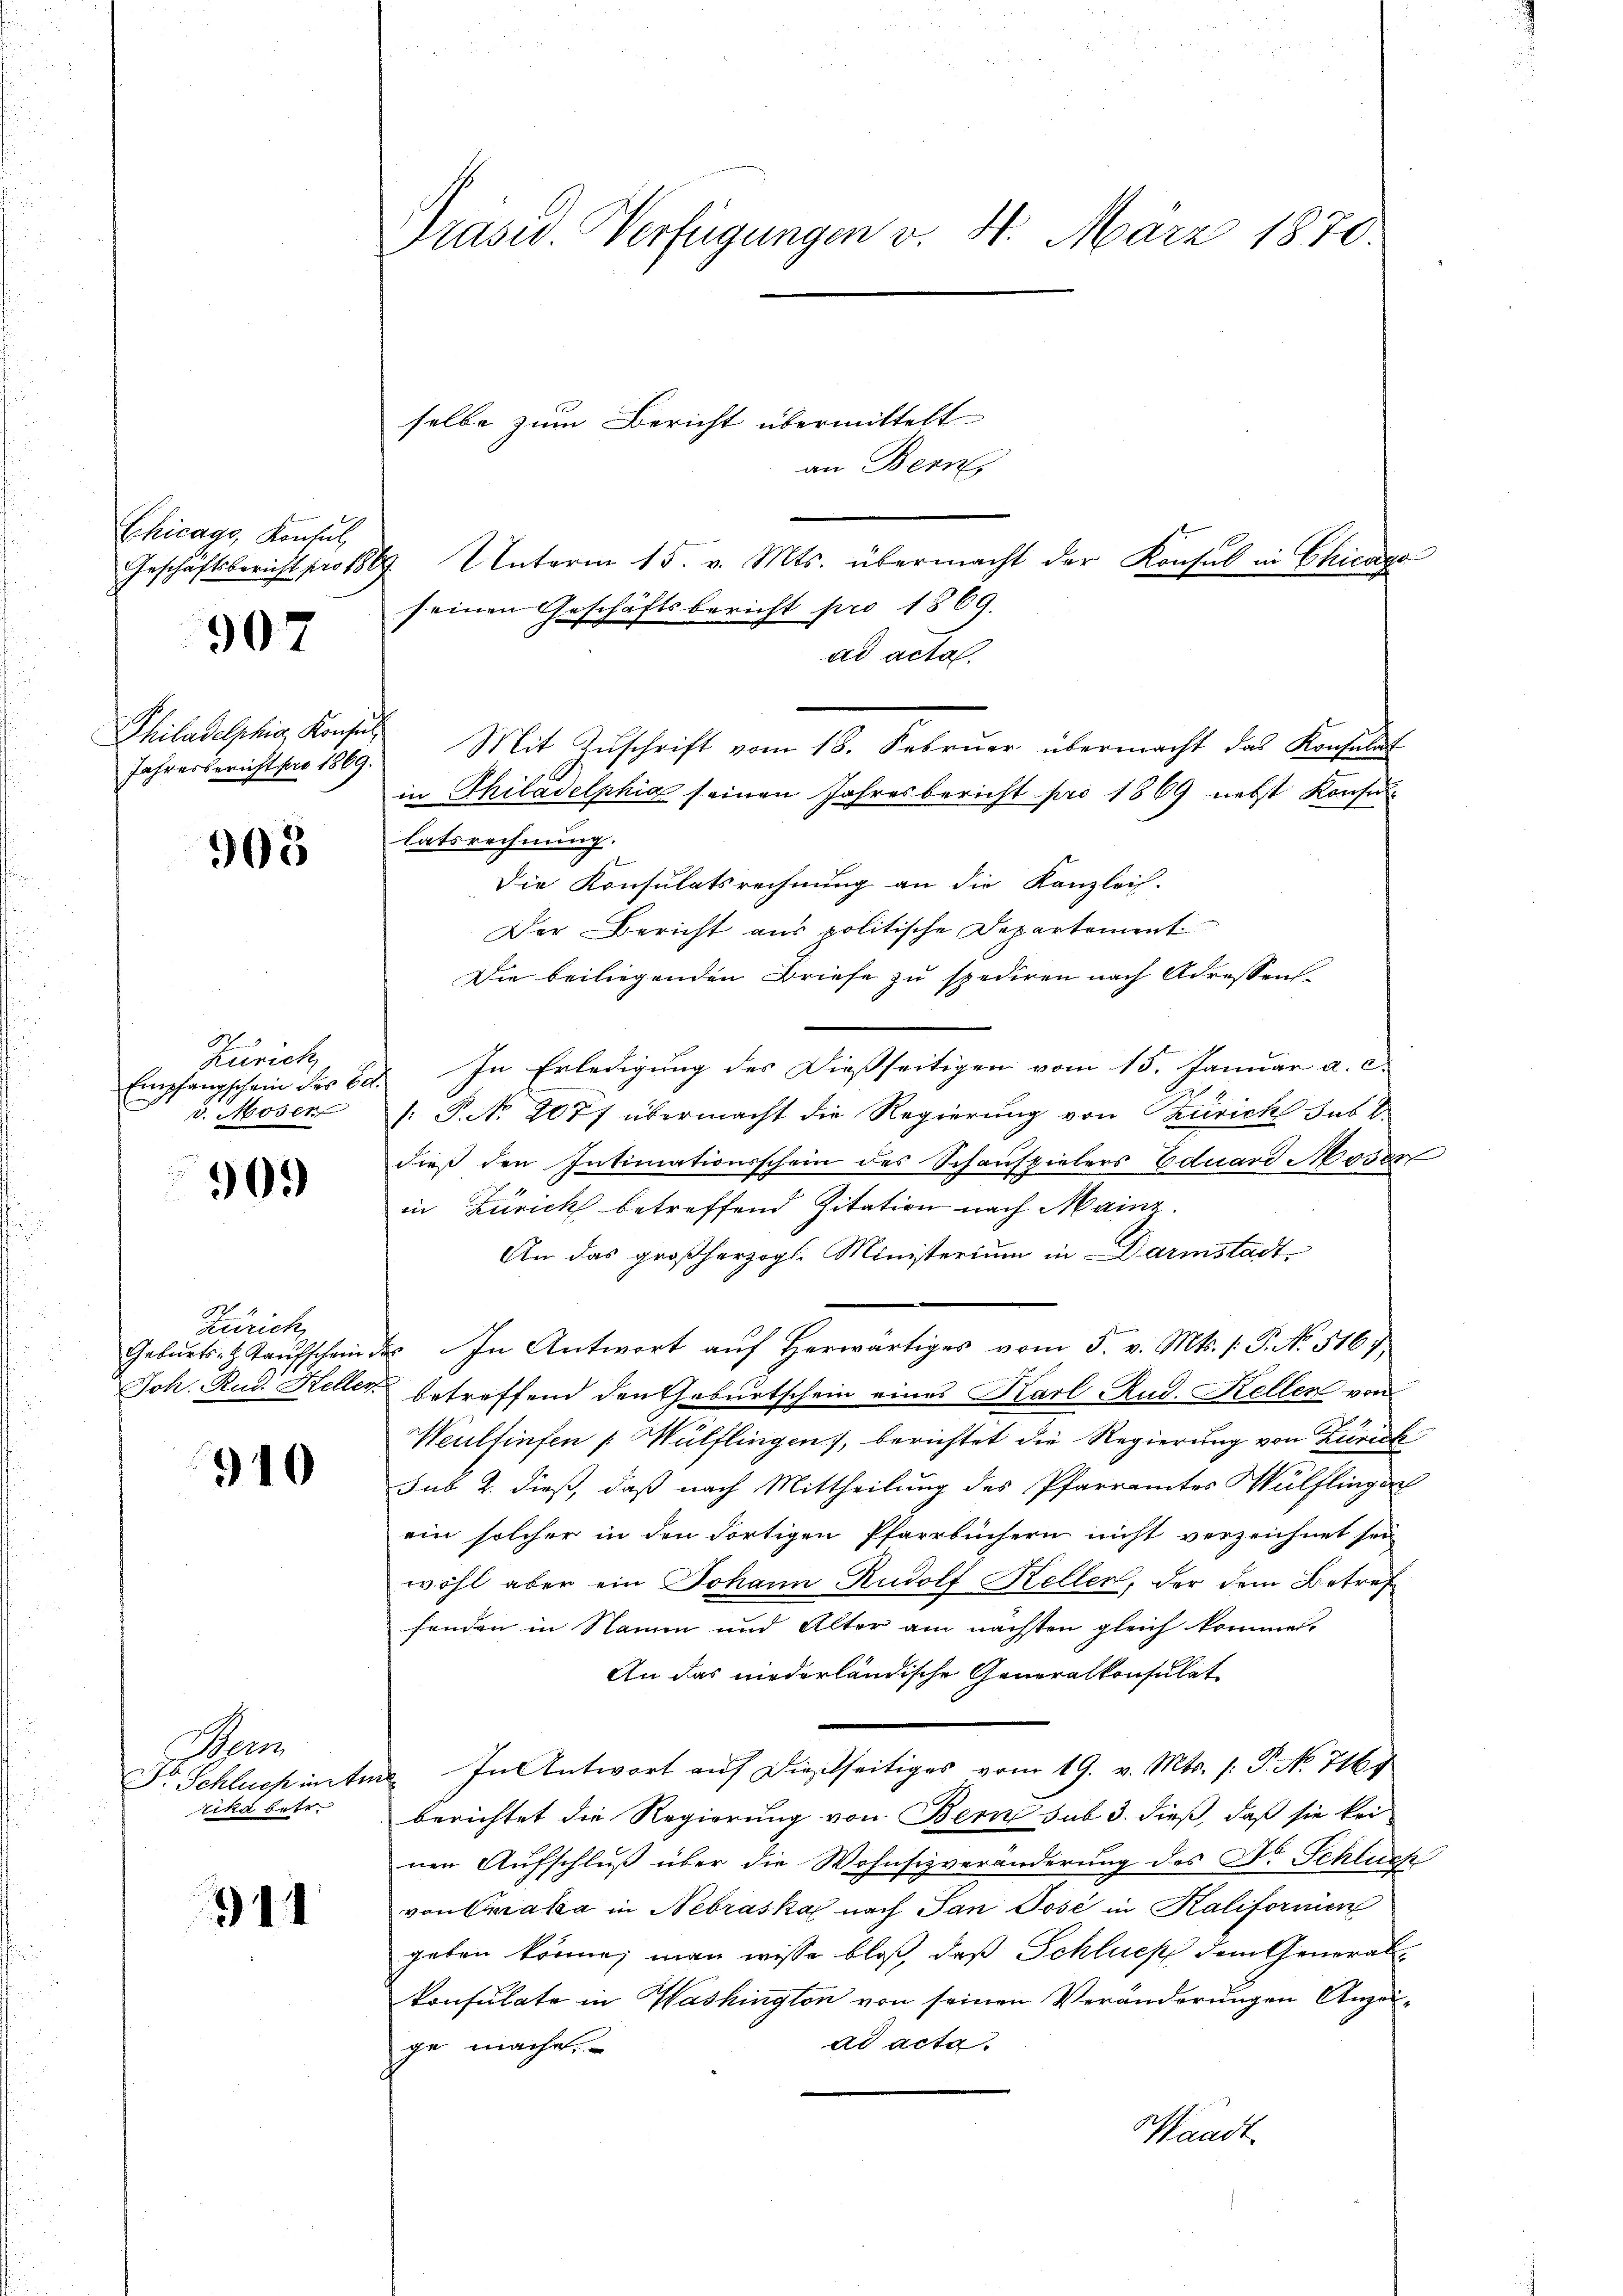
Chicage, Konsul

907

Philadelphia, Konsul
Jahresbericht für 1869.

305

Zürich
Empfangschein des Ba
v. Moser

909

Zürich
Geburts-H Kaufschein
Joh. Rud. Heller.

910

hem
Dr Schluss inter
rika betr.

911

Präsid. Verfügungen v. 4. März 1870.

selbe zum Bericht übermittelt
Geschäftsbericht pro 1869. Unterm 15. v. Mts. übermacht der Konsul in Chicago
seinen Geschäftsbericht pro 1869.
ad acta.
Mit Zŭschrift vom 18. Febrŭar übermacht das Konsulat
in Thiladelphia seinen Jahresbericht pro 1869 nebst Konsul

latsrechnung.
Die Konsulatsrechnung an die Kanzlei-
Der Bericht aus politische Departement
Die beiliegenden Briefe zu spediren nach Adressens
2. In Erledigung des Diesseitigen vom 15. Januar a. c.
 P. No 2077 übermacht die Regierung von Zürich sub d.
dieß den Intimationsschein des Schauspielers Eduard Moser
in Zürich betreffend Zitation nach Mainz.
An das großherzogl. Ministerium in Darmstadtt. In Antwort aŭf herwärtiges vom 5. v. Mts. (: P. No. 516,
betreffend den Geburtschein eines Karl Rud. Kellen von
Weultinfen /: Wülflingen), berichtet die Regierung von Zürich
sub 2. dieß, daß nach Mittheilung des Pfarramtes Wülflinger
ein solcher in den dortigen Pfarrbüchern nicht verzeichnet sei
wohl aber ein Johann Rudolf Kellen, der dem Betref
fenden in Namen und Altor am nächsten gleich kommen.
An das niederländische Generalkonsulat
ud. In Antwort auf dießseitiges vom 19. v. Mts. 1. P. No 716 f
berichtet die Regierung von Bern sub 3. dieß, daß sie kei
nen Aufschluß über die Wohnsizveränderung des Dr. Schluch
von Spala in Nebraska nach Jan Jose in Kalifornien
geben könne; man wisse bloß, daß Schlues dem General
konsulate in Washington von seinen Veränderungen Anzeiad acta.
ge mache.
Waadt

an Bern